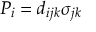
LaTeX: P _ { i } = d _ { i j k } \sigma _ { j k }